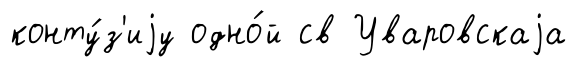
конту́з'иjу одно́й св Уваровскаjа